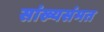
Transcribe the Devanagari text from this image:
सांख्यसंमत